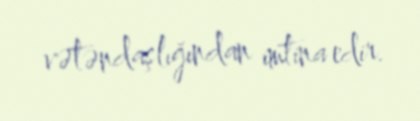
vətəndaşlığından imtina edir.